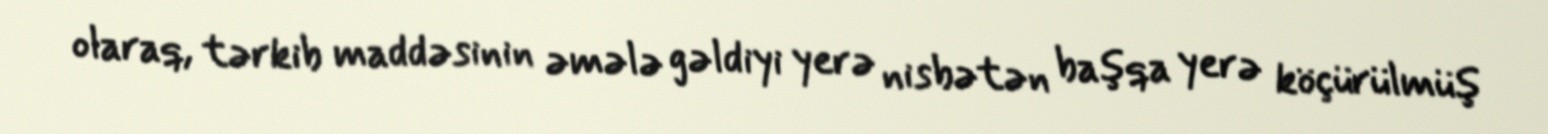
olaraq, tərkib maddəsinin əmələ gəldiyi yerə nisbətən başqa yerə köçürülmüş